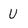
Character: U